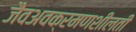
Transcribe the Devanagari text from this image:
जैवअवक्रमणशीलती